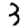
Digit: 3